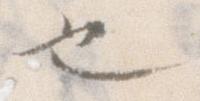
也